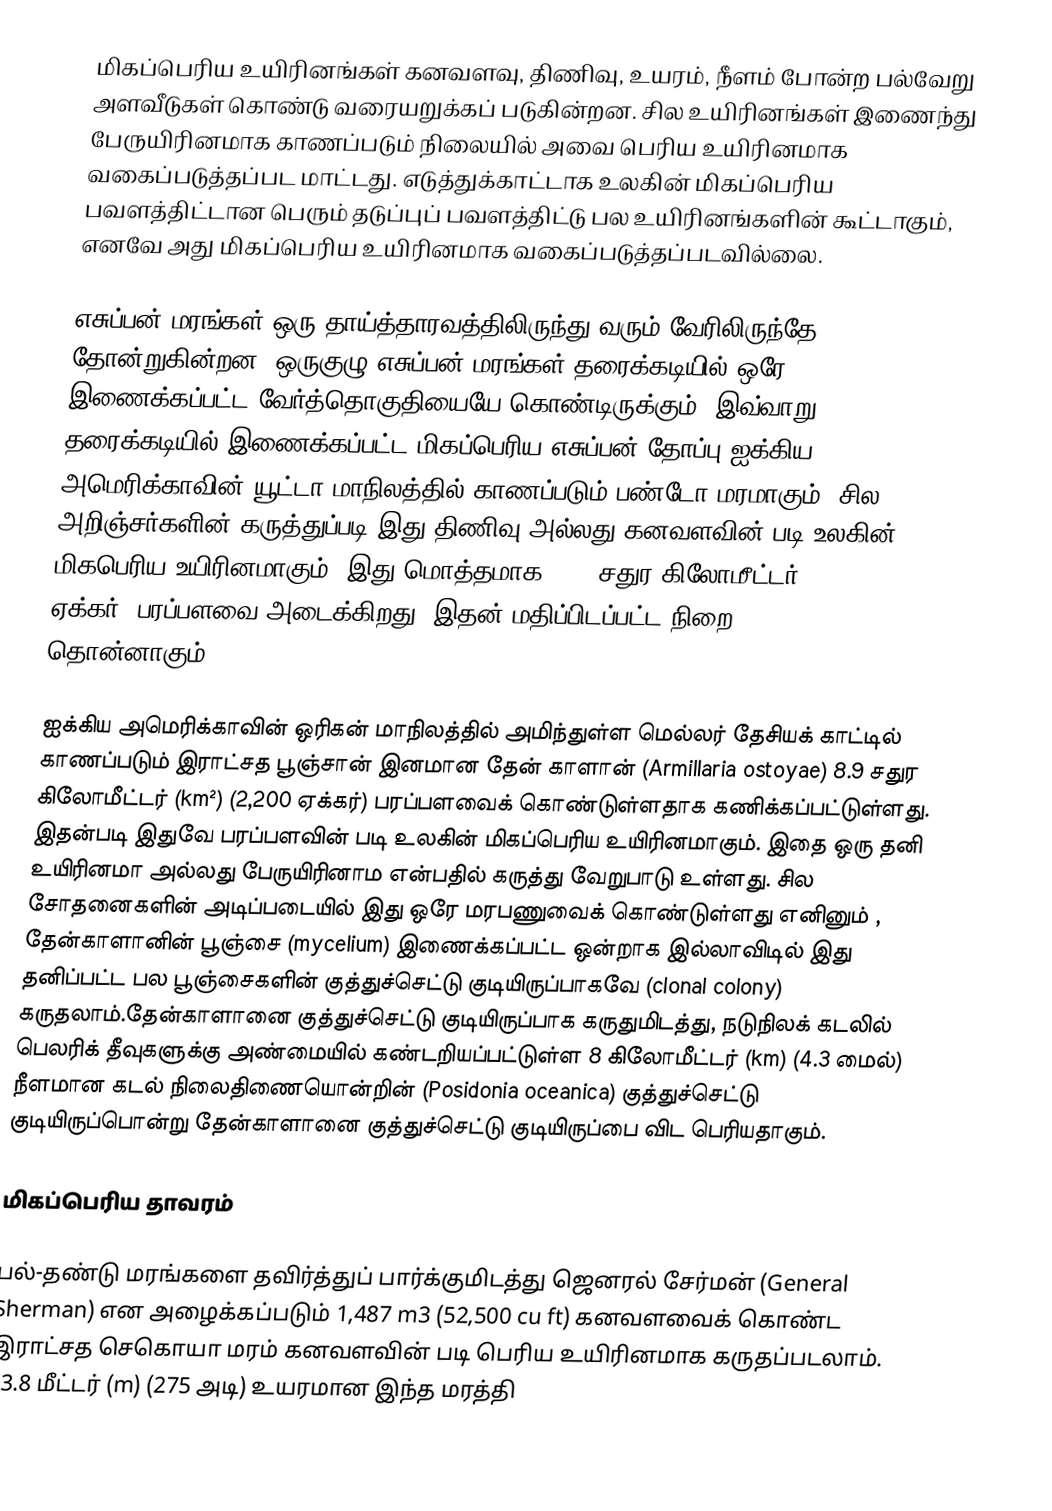
மிகப்பெரிய உயிரினங்கள் கனவளவு, திணிவு, உயரம், நீளம் போன்ற பல்வேறு அளவீடுகள் கொண்டு வரையறுக்கப் படுகின்றன. சில உயிரினங்கள் இணைந்து பேருயிரினமாக காணப்படும் நிலையில் அவை பெரிய உயிரினமாக வகைப்படுத்தப்பட மாட்டது. எடுத்துக்காட்டாக உலகின் மிகப்பெரிய பவளத்திட்டான பெரும் தடுப்புப் பவளத்திட்டு பல உயிரினங்களின் கூட்டாகும், எனவே அது மிகப்பெரிய உயிரினமாக வகைப்படுத்தப்படவில்லை.

எசுப்பன் மரங்கள் ஒரு தாய்த்தாரவத்திலிருந்து வரும் வேரிலிருந்தே தோன்றுகின்றன. ஒருகுழு எசுப்பன் மரங்கள் தரைக்கடியில் ஒரே இணைக்கப்பட்ட வேர்த்தொகுதியையே கொண்டிருக்கும். இவ்வாறு தரைக்கடியில் இணைக்கப்பட்ட மிகப்பெரிய எசுப்பன் தோப்பு ஐக்கிய அமெரிக்காவின் யூட்டா மாநிலத்தில் காணப்படும் பண்டோ மரமாகும். சில அறிஞ்சர்களின் கருத்துப்படி இது திணிவு அல்லது கனவளவின் படி உலகின் மிகபெரிய உயிரினமாகும். இது மொத்தமாக 0.43 சதுர கிலோமீட்டர் (km²) (106 ஏக்கர்) பரப்பளவை அடைக்கிறது. இதன் மதிப்பிடப்பட்ட நிறை 6000 தொன்னாகும்.

ஐக்கிய அமெரிக்காவின் ஒரிகன் மாநிலத்தில் அமிந்துள்ள மெல்லர் தேசியக் காட்டில் காணப்படும் இராட்சத பூஞ்சான் இனமான தேன் காளான் (Armillaria ostoyae) 8.9 சதுர கிலோமீட்டர் (km²) (2,200 ஏக்கர்) பரப்பளவைக் கொண்டுள்ளதாக கணிக்கப்பட்டுள்ளது. இதன்படி இதுவே பரப்பளவின் படி உலகின் மிகப்பெரிய உயிரினமாகும். இதை ஒரு தனி உயிரினமா அல்லது பேருயிரினாம என்பதில் கருத்து வேறுபாடு உள்ளது. சில சோதனைகளின் அடிப்படையில் இது ஒரே மரபணுவைக் கொண்டுள்ளது எனினும் , தேன்காளானின் பூஞ்சை (mycelium) இணைக்கப்பட்ட ஒன்றாக இல்லாவிடில் இது தனிப்பட்ட பல பூஞ்சைகளின் குத்துச்செட்டு குடியிருப்பாகவே (clonal colony) கருதலாம்.தேன்காளானை குத்துச்செட்டு குடியிருப்பாக கருதுமிடத்து, நடுநிலக் கடலில் பெலரிக் தீவுகளுக்கு அண்மையில் கண்டறியப்பட்டுள்ள 8 கிலோமீட்டர் (km) (4.3 மைல்) நீளமான கடல் நிலைதிணையொன்றின் (Posidonia oceanica) குத்துச்செட்டு குடியிருப்பொன்று தேன்காளானை குத்துச்செட்டு குடியிருப்பை விட பெரியதாகும்.

மிகப்பெரிய தாவரம்

பல்-தண்டு மரங்களை தவிர்த்துப் பார்க்குமிடத்து ஜெனரல் சேர்மன் (General Sherman) என அழைக்கப்படும் 1,487 m3 (52,500 cu ft) கனவளவைக் கொண்ட இராட்சத செகொயா மரம் கனவளவின் படி பெரிய உயிரினமாக கருதப்படலாம். 83.8 மீட்டர் (m) (275 அடி) உயரமான இந்த மரத்தி